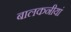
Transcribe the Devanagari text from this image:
बालकनीयां